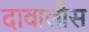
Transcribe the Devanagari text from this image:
दावालौस